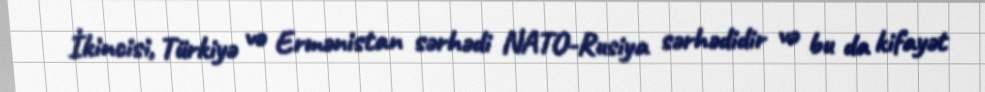
İkincisi, Türkiyə və Ermənistan sərhədi NATO-Rusiya sərhədidir və bu da kifayət